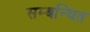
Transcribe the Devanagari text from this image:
सम्‍बन्‍धित